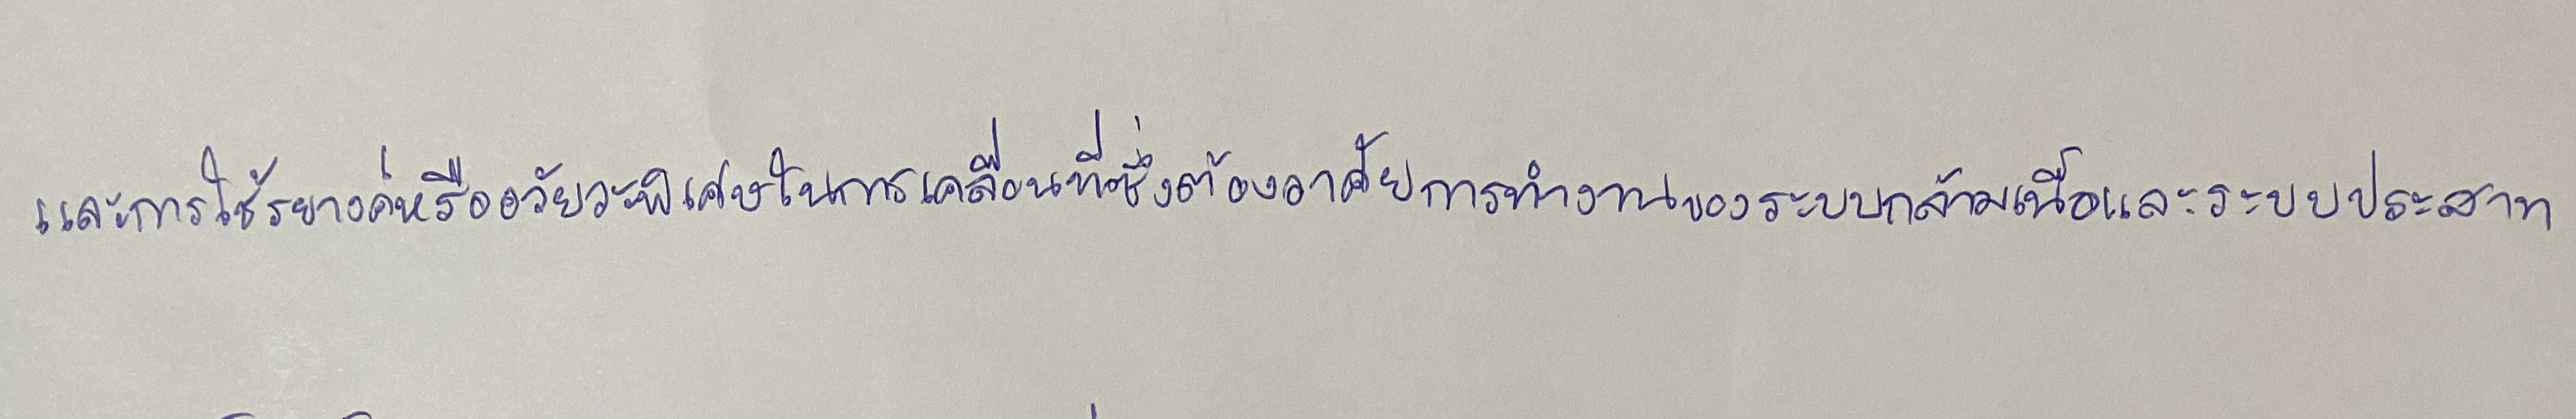
และการใช้รยางค์หรืออวัยวะพิเศษในการเคลื่อนที่ซึ่งต้องอาศัยการทำงานของระบบกล้ามเนื้อและระบบประสาท